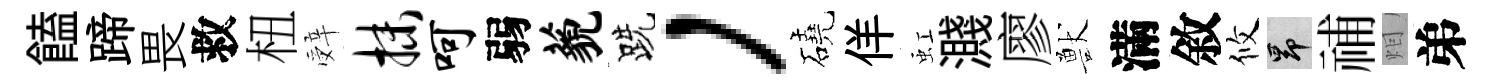
饁蹄畏救杻辤抹呵弱藐跣，磽佯虹濺廖獸滿敘攸昂𥙷𤇆弟